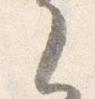
了